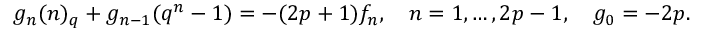
g _ { n } ( n ) _ { q } + g _ { n - 1 } ( q ^ { n } - 1 ) = - ( 2 p + 1 ) f _ { n } , \quad n = 1 , \ldots , 2 p - 1 , \quad g _ { 0 } = - 2 p .